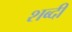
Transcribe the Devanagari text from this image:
शब्दी